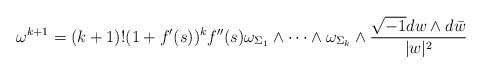
\begin{align*}\omega^{k+1}=(k+1)!(1+f'(s))^{k}f''(s)\omega_{\Sigma_{1}}\wedge\dots\wedge\omega_{\Sigma_{k}}\wedge\frac{\sqrt{-1}dw\wedge d\bar{w}}{\lvert w\rvert^{2}}\end{align*}